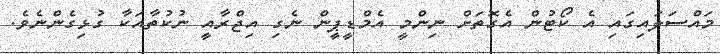
މައްސަލައިގައި އެ ކޯޓުން އެގޮތަށް ނިންމީ އެމްޑީޕީން ނެގި އިޖްރާއީ ނުކުތާއަކާ ގުޅިގެންނެވެ.